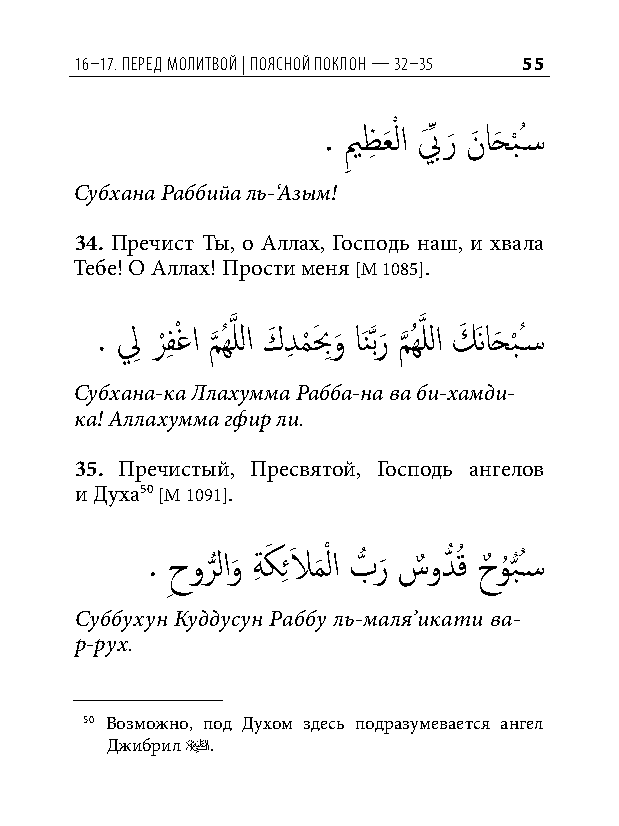
16–17. Перед молитвой | Поясной ПоК лон — 32–35 55
 . يم
 ِ
 ظِ عَ ْ لا بَ ِّ ر
 َ
 نَ احَ ب
 ْ
 ُس�
 Субхана Раббийа ль-‘Азым!
 34. Пречист Ты, о Аллах, Господь наш, и хвала
 Тебе! О Аллах! Прости меня [М 1085].
 . لِ ر
 ْ
 فِ ْغا م
 َّذ
 ُهَّذ للا كَ دِ م
 ْ
 بَ ِو
 َ
 اَنَّذبر
 َ
 م
 َّذ
 ُهَّذ للا كَ َناحَ ب
 ْ
 ُس�
 Субхана-ка Ллахумма Рабба-на ва би-хамди-
 ка! Аллахумма гфир ли.
 35. Пречистый, Пресвятой, Господь ангелов
 и Духа50 [М 1091].
 . ِحور
 ُّ
 لاو
 َ
 ةِ كَ ِ ئلاَ م
 َ
 ْ لا بُّ ر
 َ
 سٌ ودُّ قُ حٌ و
 ُ
 ُّبُس�
 Cуббухун Куддусун Раббу ль-маля’икати ва-
 р-рух.
 50 Возможно, под Духом здесь подразумевается ангел
 Джибрил u.